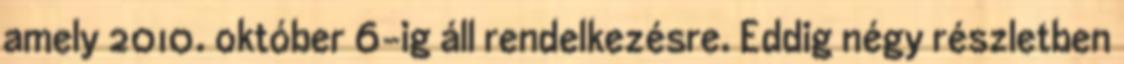
amely 2010. október 6-ig áll rendelkezésre. Eddig négy részletben